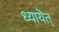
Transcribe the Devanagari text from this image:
ध्यायेत्